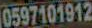
0597101912